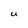
Character: U